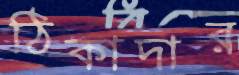
ঠিকাদার